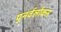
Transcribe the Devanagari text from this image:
पुनर्वलोकन